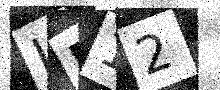
Text: LR12